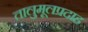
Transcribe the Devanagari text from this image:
तालुमूलप्रदाह